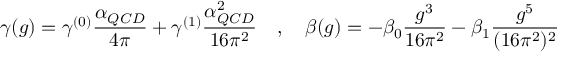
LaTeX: \gamma ( g ) = \gamma ^ { ( 0 ) } \frac { \alpha _ { Q C D } } { 4 \pi } + \gamma ^ { ( 1 ) } \frac { \alpha _ { Q C D } ^ { 2 } } { 1 6 \pi ^ { 2 } } \quad , \quad \beta ( g ) = - \beta _ { 0 } \frac { g ^ { 3 } } { 1 6 \pi ^ { 2 } } - \beta _ { 1 } \frac { g ^ { 5 } } { ( 1 6 \pi ^ { 2 } ) ^ { 2 } }